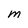
Character: m